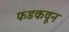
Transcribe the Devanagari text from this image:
फडकवून